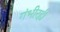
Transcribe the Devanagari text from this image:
गंभीरही